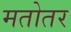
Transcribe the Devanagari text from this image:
मतोतर